Report of the Indian Hemp Drugs Commission, 1894-1895 - Volume VI
Year: 1894
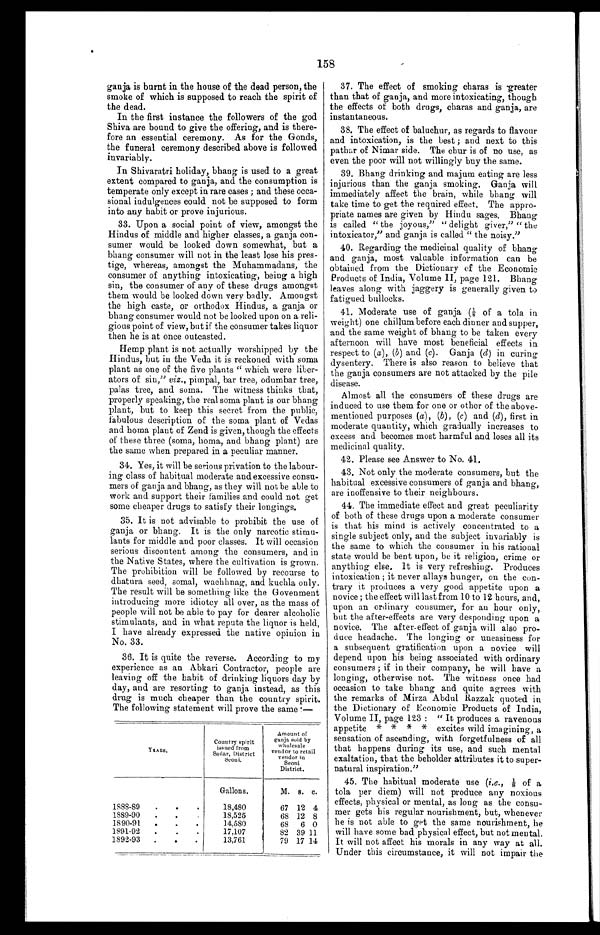
158
ganja is burnt in the house of the dead person, the
smoke of which is supposed to reach the spirit of
the dead.
In the first instance the followers of the god
Shiva are bound to give the offering, and is there
-fore an essential ceremony. As for the Gonds,
the funeral ceremony described above is followed
invariably.
In Shivaratri holiday, bhang is used to a great
extent compared to ganja, and the consumption is
temperate only except in rare cases ; and these occa
-sional indulgences could not be supposed to form
into any habit or prove injurious.
33. Upon a social point of view, amongst the
Hindus of middle and higher classes, a ganja con--
sumer would be looked down somewhat, but a
bhang consumer will not in the least lose his pres--
tige, whereas, amongst the Muhammadans, the
consumer of anything intoxicating, being a high
sin, the consumer of any of these drugs amongst
them would be looked down very badly. Amongst
the high caste, or orthodox Hindus, a ganja or
bhang consumer would not be looked upon on a reli--
gious point of view, but if the consumer takes liquor
then he is at once outcasted.
Hemp plant is not actually worshipped by the
Hindus, but in the Veda it is reckoned with soma
plant as one of the five plants "which were liber
-ators of sin," viz ., pimpal, bar tree, odumbar tree,
palas tree, and soma. The witness thinks that,
properly speaking, the real soma plant is our bhang
plant, but to keep this secret from the public,
fabulous description of the soma plant of Vedas
and homa plant of Zend is given, though the effects
of these three (soma, homa, and bhang plant) are
the same when prepared in a peculiar manner.
34. Yes, it will be serious privation to the labour
-ing class of habitual moderate and excessive consu
-mers of ganja and bhang, as they will not be able to
work and support their families and could not get
some cheaper drugs to satisfy their longings.
35. It is not advisable to prohibit the use of
ganja or bhang. It is the only narcotic stimu--
lants for middle and poor classes. It will occasion
serious discontent among the consumers, and in
the Native States, where the cultivation is grown.
The prohibition will be followed by recourse to
dhatura seed, somal, wachhnag, and kuchla only.
The result will be something like the Govenment
introducing more idiotcy all over, as the mass of
people will not be able to pay for dearer alcoholic
stimulants, and in what repute the liquor is held,
I have already expressed the native opinion in
36. It is quite the reverse. According to my
experience as an Abkari Contractor, people are
leaving off the habit of drinking liquors day by
day, and are resorting to ganja instead, as this
drug is much cheaper than the country spirit.
The following statement will prove the same:—
YEARS,
Country spirit
issued from
Sadar, Dist ric t
S e o n i .
Amount of
ganja sold by
wholesale
vendor to retail
vendor in
Seoni
District.
Gallons.
M. s. c.
1888-89
. . .
18,480
67 12 4
1889-90 . . .
18,525
68 12 8
1890-91 . . .
14,580
68
6 0
1891-92 . . .
17,107
82 39 11
1892-93
. . .
13.761
79 17 14
37. The effect of smoking charas is -greater
than that of ganja, and more intoxicating, though
the effects of both drugs, charas and ganja, are
instantaneous.
38. The effect of baluchur, as regards to flavour
and intoxication, is the best; and next to this
pathar of Nimar side. The chur is of no use, as
even the poor will not willingly buy the same.
39. Bhang drinking and majum eating are less
injurious than the ganja. smoking. Ganja will
immediately affect the brain, while bhang will
take time to get the required effect. The appro-
priate names are given by Hindu sages. Bhang
is called "the joyous," "delight giver," "the
intoxicator," and ganja is called" the noisy."
40. Regarding the medicinal quality of bhang
and ganja, most valuable information can be
obtained from the Dictionary of the Economic
Products of India, Volume II, page 121. Bhang
leaves along with jaggery is generally given to
fatigued bullocks.
41. Moderate use of ganja ( ⅛ of a tola in
weight) one chillum before each dinner and supper,
and the same weight of bhang to be taken every
afternoon will have most beneficial effects in
respect to (a) , (b) and (c) . Ganja (d) in curing
dysentery. There is also reason to believe that
the ganja consumers are not attacked by the pile
disease.
Almost all the consumers of these drugs are
induced to use them for one or other of the above
-mentioned purposes (a), (b), (c) and (d), first in
moderate quantity, which gradually increases to
excess and becomes most harmful and loses all its
medicinal quality.
42. Please see Answer to No. 41.
43. Not only the moderate consumers, but the
habitual excessive consumers of ganja and bhang,
are inoffensive to their neighbours.
44, The immediate effect and great peculiarity
of both of these drugs upon a moderate consumer
is that his mind is actively concentrated to a
single subject only, and the subject invariably is
the same to which the consumer in his rational
state would be bent upon, be it religion, crime or
anything else. It is very refreshing. Produces
intoxication; it never allays hunger, on the con
- t r a r y i t p r o d u c e s a v e r y g o o d a p p e t i t e u p o n a
novice; the effect will last from 10 to 12 hours, and,
upon an ordinary consumer, for an hour only,
but the after-effects are very desponding upon a
novice. The after-effect of ganja will also pro
- d u c e h e a d a c h e . T h e l o n g i n g o r u n e a s i n e s s f o r
a subsequent gratification upon a novice will
depend upon his being associated with ordinary
consumers ; if in their company, he will have a
longing, otherwise not. The witness once had
occasion to take bhang and quite agrees with
the remarks of Mirza Abdul Razzak quoted in
the Dictionary of Economic Products of India,
Volume II, page 123: "It produces a ravenous
appetite * * * * excites wild imagining, a
sensation of ascending, with forgetfulness of all
that happens during its use, and such mental
exaltation, that the beholder attributes it to super
-natural inspiration."
45. The habitual moderate use ( i.e .,⅛ o f a
tola per diem) will not produce any noxious
effects, physical or mental, as long as the consu
- m e r g e t s h i s r e g u l a r n o u r i s h m e n t , b u t , w h e n e v e r
he is not able to get the same nourishment, he
will have some bad physical effect, but not mental.
It will not affect his morals in any way at all.
Under this circumstance, it will not impair the